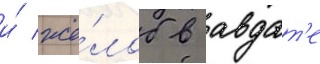
и́ жё́лоб в авдат'е